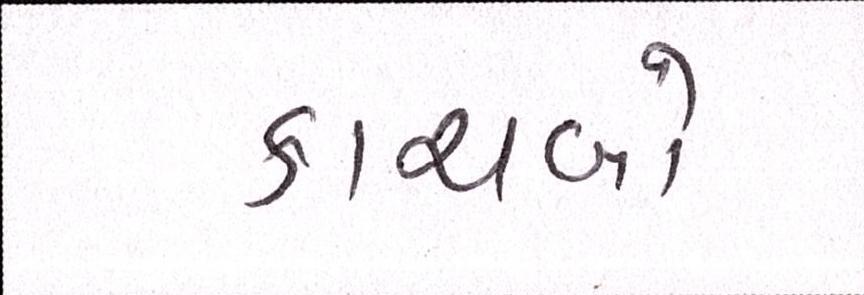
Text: કાચબો